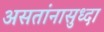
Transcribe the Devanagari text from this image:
असतांनासुध्दा